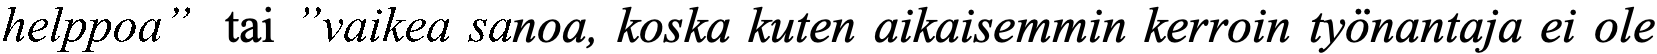
helppoa” tai ”vaikea sanoa, koska kuten aikaisemmin kerroin työnantaja ei ole